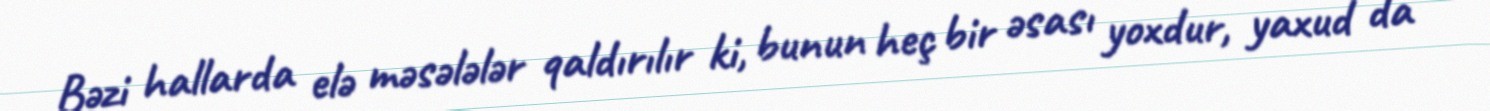
Bəzi hallarda elə məsələlər qaldırılır ki, bunun heç bir əsası yoxdur, yaxud da